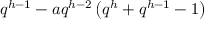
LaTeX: q ^ { h - 1 } - a q ^ { h - 2 } \left( q ^ { h } + q ^ { h - 1 } - 1 \right)